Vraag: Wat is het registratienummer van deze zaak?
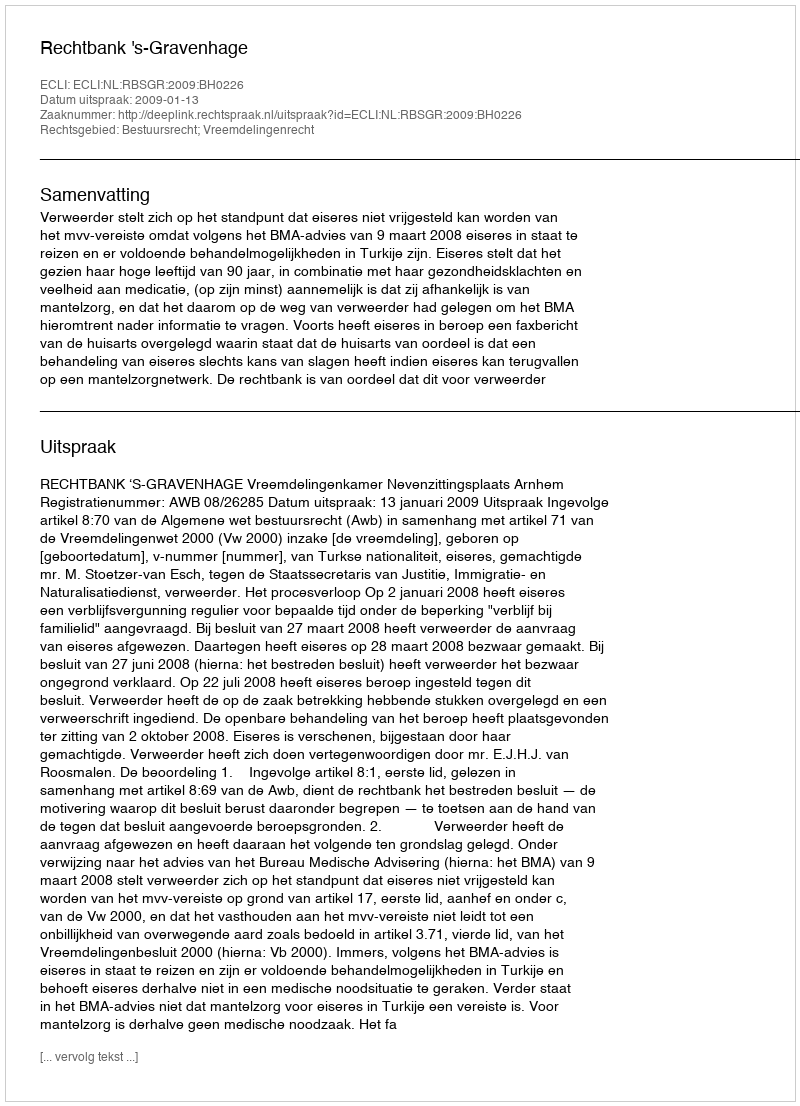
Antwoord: http://deeplink.rechtspraak.nl/uitspraak?id=ECLI:NL:RBSGR:2009:BH0226